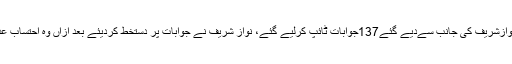
علاوہ ازیں عدالت میں نوازشریف کی جانب سےدیے گئے137جوابات ٹائپ کرلیے گئے، نواز شریف نے جوابات پر دستخط کردیئے بعد ازاں وہ احتساب عدالت سے روانہ ہوگئے۔